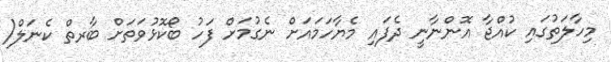
މިހާލަތުގައި ކުއްޖާ އޮންނާނީ ދެފައި މެޔާހަމައަށް ނެގުމަށް ފަހު ބޯކޮޅުވަތަށް ބާރތް ކެނަލް(